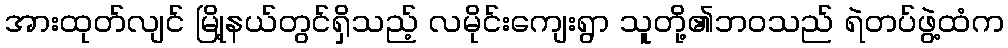
အားထုတ်လျင် မြို့နယ်တွင်ရှိသည့် လမိုင်းကျေးရွာ သူတို့၏ဘဝသည် ရဲတပ်ဖွဲ့ထံက